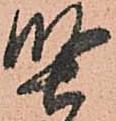
堅